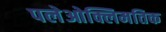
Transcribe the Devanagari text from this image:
पलेओक्लिमतिक